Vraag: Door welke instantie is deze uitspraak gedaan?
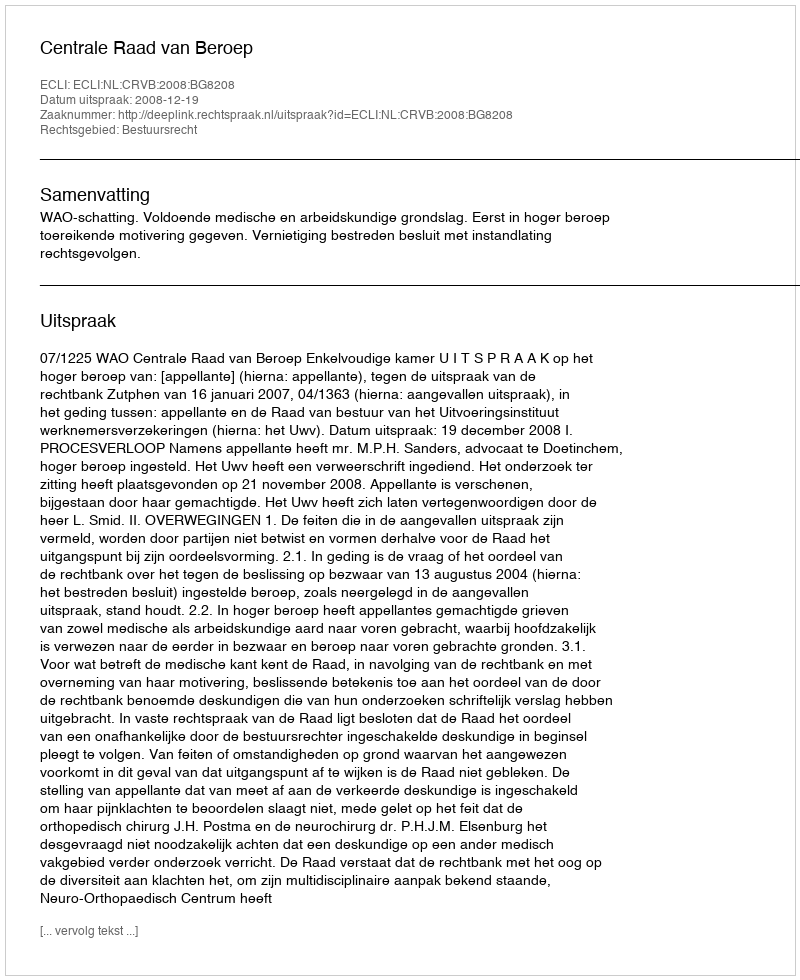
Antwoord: Centrale Raad van Beroep